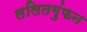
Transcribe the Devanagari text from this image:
ललितगुंफन